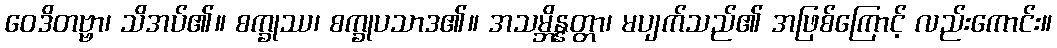
ဝေဒိတဗ္ဗာ၊ သိအပ်၏။ စက္ခုဿ၊ စက္ခုပသာဒ၏။ အသမ္ဘိန္နတ္တာ၊ မပျက်သည်၏ အဖြစ်ကြောင့် လည်းကောင်း။